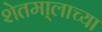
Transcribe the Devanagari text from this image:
शेतमा्लाच्या